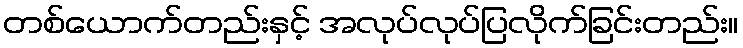
တစ်ယောက်တည်းနှင့် အလုပ်လုပ်ပြလိုက်ခြင်းတည်း။